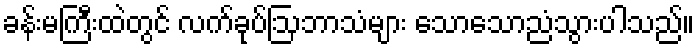
ခန်းမကြီးထဲတွင် လက်ခုပ်ဩဘာသံများ သောသောညံသွားပါသည်။